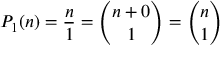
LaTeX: P _ { 1 } ( n ) = { \frac { n } { 1 } } = { \binom { n + 0 } { 1 } } = { \binom { n } { 1 } }